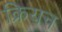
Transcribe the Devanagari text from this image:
क्रियन